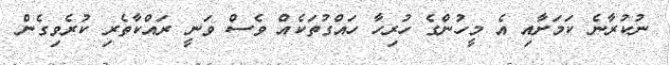
ނުކުރާނެ ކަމަށާއި އެ މީހުންގެ ހުރިހާ ހައްގުތަކެއް ވެސް ވަނީ ރައްކާތެރި ކުރެވިގެން